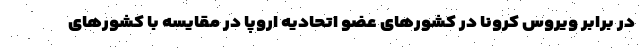
در برابر ویروس کرونا در کشورهای عضو اتحادیه اروپا در مقایسه با کشورهای